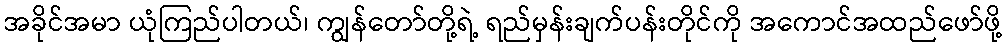
အခိုင်အမာ ယုံကြည်ပါတယ်၊ ကျွန်တော်တို့ရဲ့ ရည်မှန်းချက်ပန်းတိုင်ကို အကောင်အထည်ဖော်ဖို့